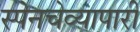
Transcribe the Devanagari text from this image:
स्पेनचेव्यापारी